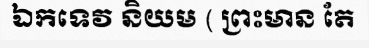
ឯកទេវ និយម ( ព្រះមាន តែ